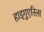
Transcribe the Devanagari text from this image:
हाइगुएरिला